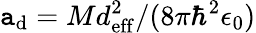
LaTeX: \mathtt{a}_{\mathrm{{d}}}=Md_{\mathrm{{eff}}}^{2}/(8\pi\hbar^{2}\epsilon_{0})